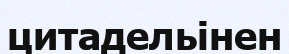
цитадельінен